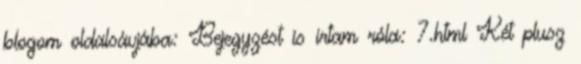
blogom oldalsávjába: Bejegyzést is írtam róla: 7.html Két plusz